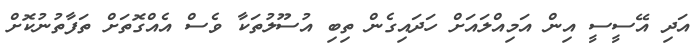
އަދި އޭސީސީ އިން އަމިއްލައަށް ހަދައިގެން ތިބި އުސޫލުތަކާ ވެސް އެއްގޮތަށް ތަފާތުނުކޮށް